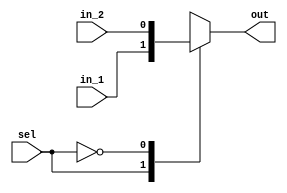
module mux2_1 
(
	input wire [0:0] in_1,
	input wire [0:0] in_2,
	input wire [0:0] sel,
	output reg out
);

always@(sel,in_1,in_2)
	case(sel)
		1'b1 : out = in_1;
		1'b0 : out = in_2;
	endcase

endmodule